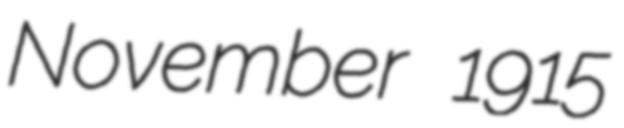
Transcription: November 1915